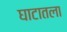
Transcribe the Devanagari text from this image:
घाटातला